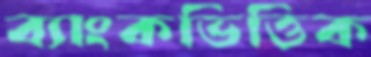
ব্যাংকভিত্তিক